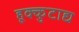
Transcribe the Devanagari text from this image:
हूक्कुटाद्य